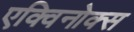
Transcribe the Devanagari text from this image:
एक्विनोक्स